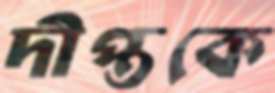
দীপ্তকে